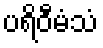
ပရိဝီမံသံ